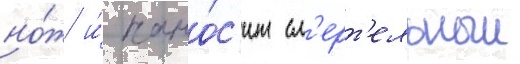
но́ж и́ нано́с'ит см'ерт'ельныи